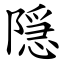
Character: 隠